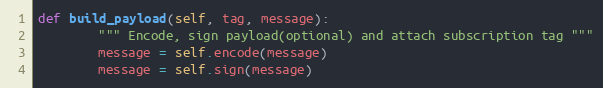
Language: Python
def build_payload(self, tag, message):
        """ Encode, sign payload(optional) and attach subscription tag """
        message = self.encode(message)
        message = self.sign(message)